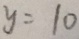
y = 1 0